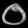
Digit: ၀